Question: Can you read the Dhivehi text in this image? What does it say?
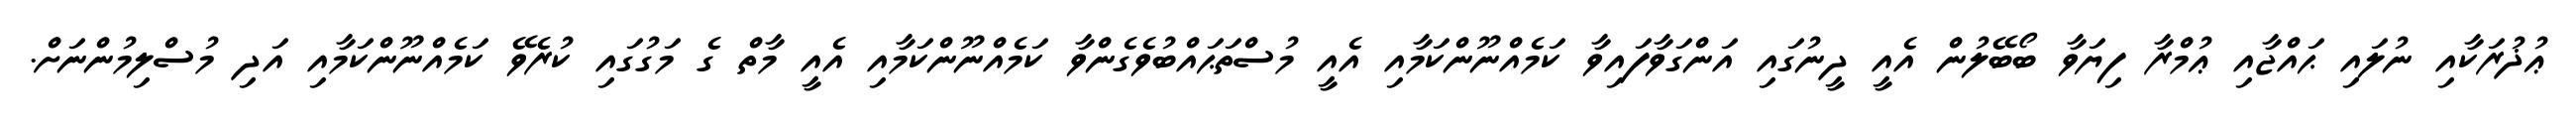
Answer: ޢުޛުރަކާއި ނުލައި ޙައްޖާއި ޢުމްރާ ފިޔަވާ ބޯބޭލުން އެއީ ދީނުގައި އަންގަވާފައިވާ ކަމެއްނޫންކަމާއި އެއީ މުސްތަޙައްބުވެގެންވާ ކަމެއްނޫންކަމާއި އެއީ މާތް ގެ މަގުގައި ކުރެވޭ ކަމެއްނޫންކަމާއި އަދި މުސްލިމުންނަށް.